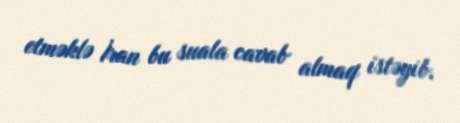
etməklə İran bu suala cavab almaq istəyib.